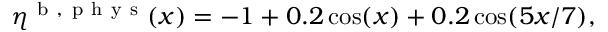
\eta ^ { \mathrm { ~ b ~ } , \mathrm { ~ p ~ h ~ y ~ s ~ } } ( x ) = - 1 + 0 . 2 \cos ( x ) + 0 . 2 \cos ( 5 x / 7 ) ,